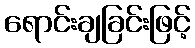
ရောင်းချခြင်းဖြင့်